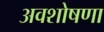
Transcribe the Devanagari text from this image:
अवशोषणा